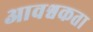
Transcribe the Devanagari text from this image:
आवश्वकता